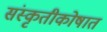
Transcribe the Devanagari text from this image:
संस्कृतीकोषात